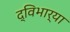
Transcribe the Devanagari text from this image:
द्विभार्या